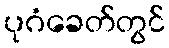
ပုဂံခေတ်တွင်